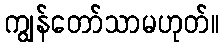
ကျွန်တော်သာမဟုတ်။